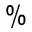
\%